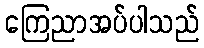
ကြေညာအပ်ပါသည်